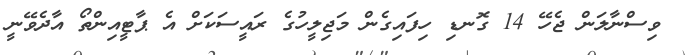
ވިސްނާލަން ޖެހޭ 14 ގޮނޑި ހިފައިގެން މަޖިލީހުގެ ރައީސަކަށް އެ ޕާޓީއިންތޯ އާދެވޭނީ